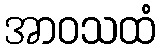
အာဝသထံ